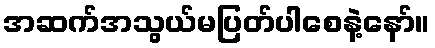
အဆက်အသွယ်မပြတ်ပါစေနဲ့နော်။